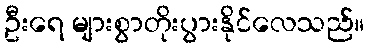
ဦးရေ များစွာတိုးပွားနိုင်လေသည်။